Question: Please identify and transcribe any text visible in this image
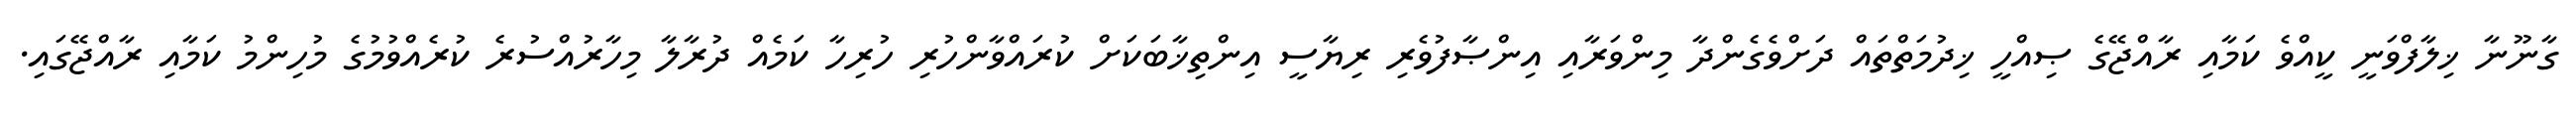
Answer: ގާނޫނާ ޚިލާފްވަނީ ކީއްވެ ކަމާއި ރާއްޖޭގެ ޞިއްހީ ޚިދުމަތްތައް ދަށްވެގެންދާ މިންވަރާއި އިންޞާފުވެރި ރިޔާސީ އިންތިޚާބަކަށް ކުރައްވާންހުރި ހުރިހާ ކަމެއް ދުރާލާ މިހާރުއްސުރެ ކުރެއްވުމުގެ މުހިންމު ކަމާއި ރާއްޖޭގައި.